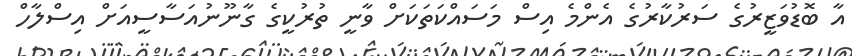
އާ ބޮޑުވަޒީރުގެ ސަރުކާރުގެ އެންމެ އިސް މަސައްކަތަކަށް ވާނީ ތުރުކީގެ ގާނޫނުއަސާސީއަށް އިސްލާހް